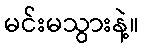
မင်းမသွားနဲ့။